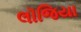
લૉજિયા